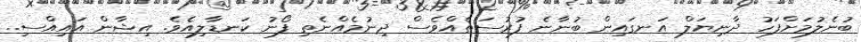
ބުނެލުމަށްފަހު ދާނިޔަލް އަނގައިން ބުނާނެ ފުރުސަތެއްވެސް ދިނުމެއްނެތި ފޯނު ކަނޑާލިއެވެ. އިޝާން އައިއްސި..